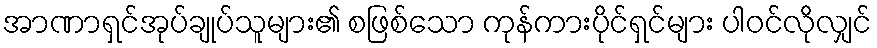
အာဏာရှင်အုပ်ချုပ်သူများ၏ စဖြစ်သော ကုန်ကားပိုင်ရှင်များ ပါဝင်လိုလျှင်